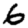
Digit: 6